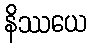
နိဿယေ